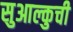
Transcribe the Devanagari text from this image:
सुआल्कुची